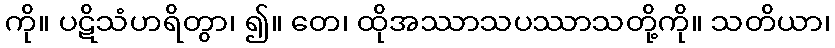
ကို။ ပဋိသံဟရိတွာ၊ ၍။ တေ၊ ထိုအဿာသပဿာသတို့ကို။ သတိယာ၊